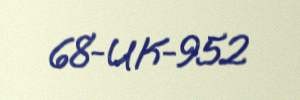
68-UK-952